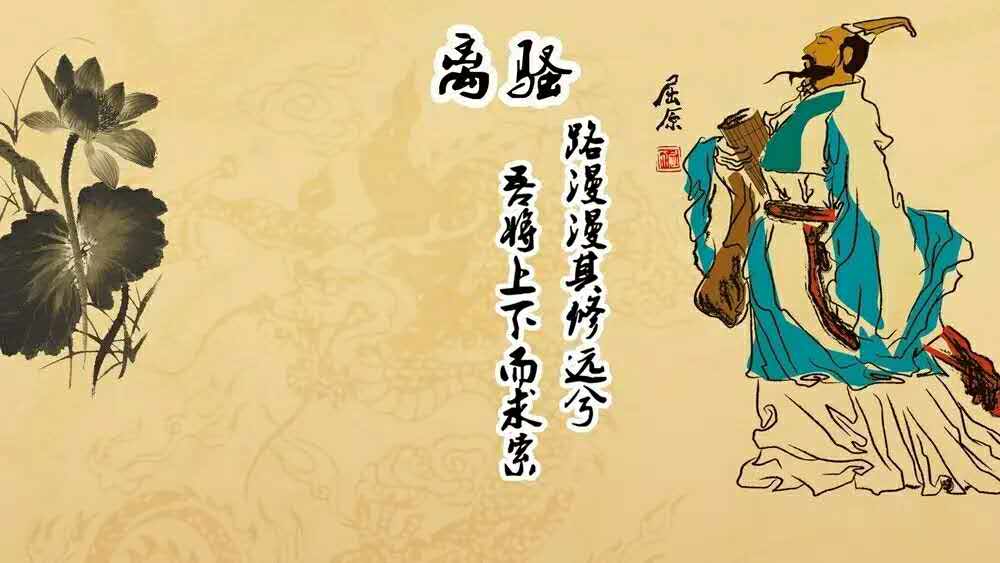
千年忠义气，日星光。离骚读罢总堪伤。